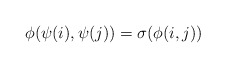
\begin{align*}\phi(\psi(i),\psi(j))=\sigma (\phi(i,j))\end{align*}